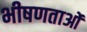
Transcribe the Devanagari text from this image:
भीषणताओं